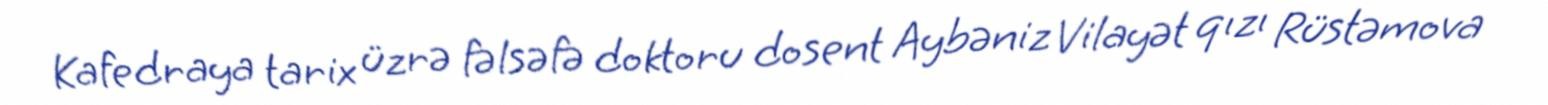
Kafedraya tarix üzrə fəlsəfə doktoru dosent Aybəniz Vilayət qızı Rüstəmova